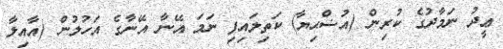
ޢީދު ނަމާދުގެ ކުރިން (އުޟްޙިޔާ) ކަތިލައިފި ނަމަ އޭނާ އޭނާގެ އަހުލުން (އާއިލާ